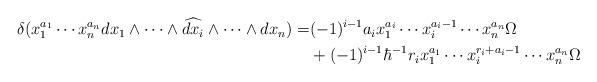
LaTeX: \begin{align*}\begin{aligned}\delta( x_1^{a_1} \cdots x_n^{a_n} dx_1 \wedge \cdots \wedge \widehat{dx_i} \wedge \cdots \wedge dx_n) = & {} (-1)^{i-1} a_i x_1^{a_i} \cdots x_i^{a_i-1} \cdots x_n^{a_n} \Omega \\& {} + (-1)^{i-1} \hbar^{-1} r_i x_1^{a_1} \cdots x_i^{r_i + a_i - 1} \cdots x_n^{a_n} \Omega\end{aligned}\end{align*}